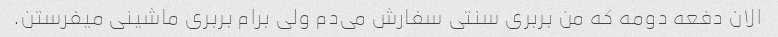
الان دفعه دومه که من بربری سنتی سفارش می‌دم ولی برام بربری ماشینی میفرستن.